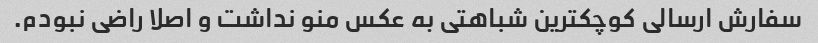
سفارش ارسالی کوچکترین شباهتی به عکس منو نداشت و اصلا راضی نبودم.